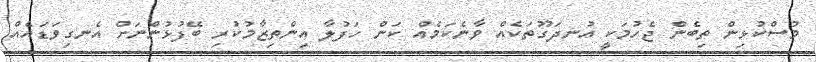
މުސްކުޅިން ތިބެން ޖެހުމަކީ އުނދަގޫތަކެއް ވާނެކަމެއް ކަން ހަފުލާ އިންތިޒާމުކުރި ބޭފުޅުންނަށް އެނގިވަޑައެއް